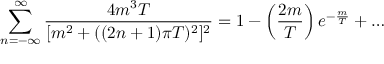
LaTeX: \sum _ { n = - \infty } ^ { \infty } \frac { 4 m ^ { 3 } T } { [ m ^ { 2 } + ( ( 2 n + 1 ) \pi T ) ^ { 2 } ] ^ { 2 } } = 1 - \left( \frac { 2 m } { T } \right) e ^ { - \frac { m } { T } } + \dots